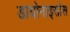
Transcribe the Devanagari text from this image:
डायोनाइसोस